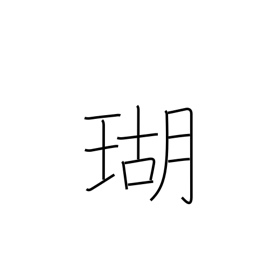
Meaning: coral